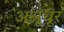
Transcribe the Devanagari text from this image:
अश्रूधूर